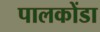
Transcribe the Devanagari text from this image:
पालकोंडा